Code of medical and sanitary regulations for the guidance of medical officers serving in the Madras Presidency - Volume I
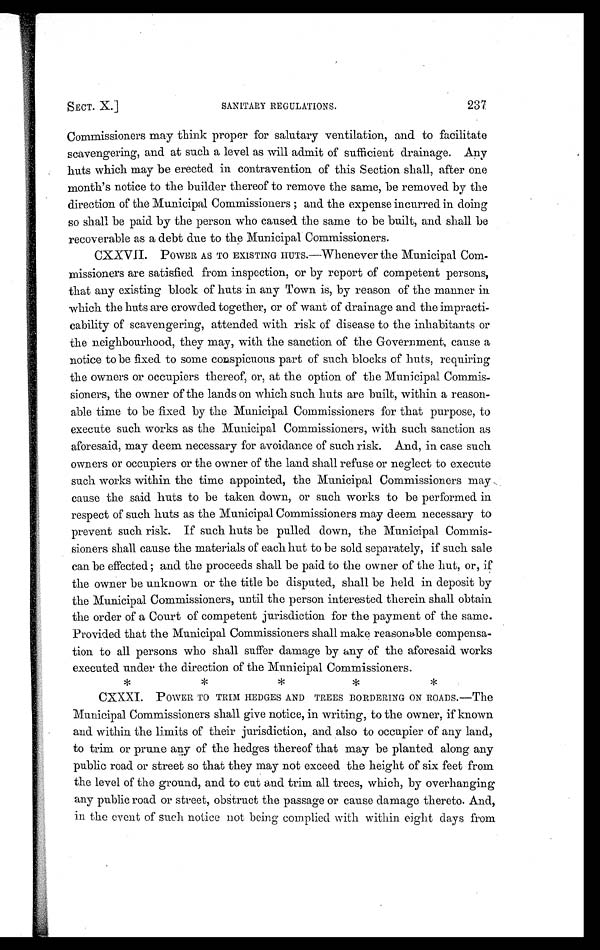
SECT. X.]
SANITARY REGULATIONS.
237
Commissioners may think proper for salutary ventilation, and to facilitate
scavengering, and at such a level as will admit of sufficient drainage. Any
huts which may be erected in contravention of this Section shall, after one
month's notice to the builder thereof to remove the same, be removed by the
direction of the Municipal Commissioners ; and the expense incurred in doing
so shall be paid by the person who caused the same to be built, and shall be
recoverable as a debt due to the Municipal Commissioners.
CXXVII. POWER AS TO EXISTING HUTS.—Whenever the Municipal Com-
missioners are satisfied from inspection, or by report of competent persons,
that any existing block of huts in any Town is, by reason of the manner in
which the huts are crowded together, or of want of drainage and the impracti-
cability of scavengering, attended with risk of disease to the inhabitants or
the neighbourhood, they may, with the sanction of the Government, cause a
notice to be fixed to some conspicuous part of such blocks of huts, requiring
the owners or occupiers thereof, or, at the option of the Municipal Commis-
sioners, the owner of the lands on which such huts are built, within a reason-
able time to be fixed by the Municipal Commissioners for that purpose, to
execute such works as the Municipal Commissioners, with such sanction as
aforesaid, may deem necessary for avoidance of such risk. And, in case such
owners or occupiers or the owner of the land shall refuse or neglect to execute
such works within the time appointed, the Municipal Commissioners may
cause the said huts to be taken down, or such works to be performed in
respect of such huts as the Municipal Commissioners may deem necessary to
prevent such risk. If such huts be pulled down, the Municipal Commis-
sioners shall cause the materials of each hut to be sold separately, if such sale
can be effected; and the proceeds shall be paid to the owner of the hut, or, if
the owner be unknown or the title be disputed, shall be held in deposit by
the Municipal Commissioners, until the person interested therein shall obtain
the order of a Court of competent jurisdiction for the payment of the same.
Provided that the Municipal Commissioners shall make reasonable compensa-
tion to all persons who shall suffer damage by any of the aforesaid works
executed under the direction of the Municipal Commissioners.
* * * *
CXXXI. POWER TO TRIM HEDGES AND TREES BORDERING ON ROADS.—The
Municipal Commissioners shall give notice, in writing, to the owner, if known
and within the limits of their jurisdiction, and also to occupier of any land,
to trim or prune any of the hedges thereof that may be planted along any
public road or street so that they may not exceed the height of six feet from
the level of the ground, and to cut and trim all trees, which, by overhanging
any public road or street, obstruct the passage or cause damage thereto. And,
in the event of such notice not being complied with within eight days from